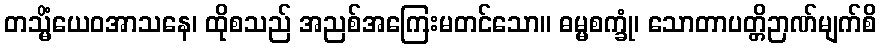
တသ္မိံယေဝအာသနေ၊ ထိုစသည် အညစ်အကြေးမတင်သော။ ဓမ္မစက္ခုံ၊ သောတာပတ္တိဉာဏ်မျက်စိ